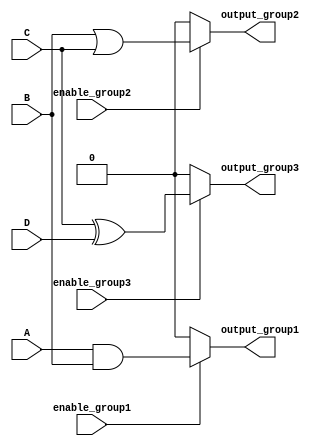
module combinational_logic (
    input wire A,
    input wire B,
    input wire C,
    input wire D,
    input wire enable_group1,
    input wire enable_group2,
    input wire enable_group3,
    output wire output_group1,
    output wire output_group2,
    output wire output_group3
);

// Group 1: AND operation on inputs A and B
assign output_group1 = enable_group1 ? (A & B) : 1'b0;

// Group 2: OR operation on inputs B and C (overlaps with Group 1)
assign output_group2 = enable_group2 ? (B | C) : 1'b0;

// Group 3: XOR operation on inputs C and D (overlaps with Group 2)
assign output_group3 = enable_group3 ? (C ^ D) : 1'b0;

endmodule